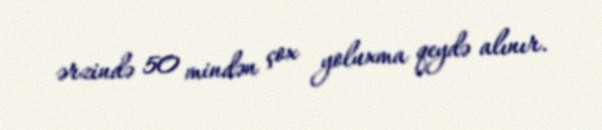
ərzində 50 mindən çox yoluxma qeydə alınır.